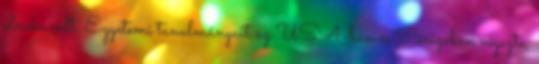
elnöke volt. Egyetemi tanulmányait az USA-ban és Párizsban végezte,